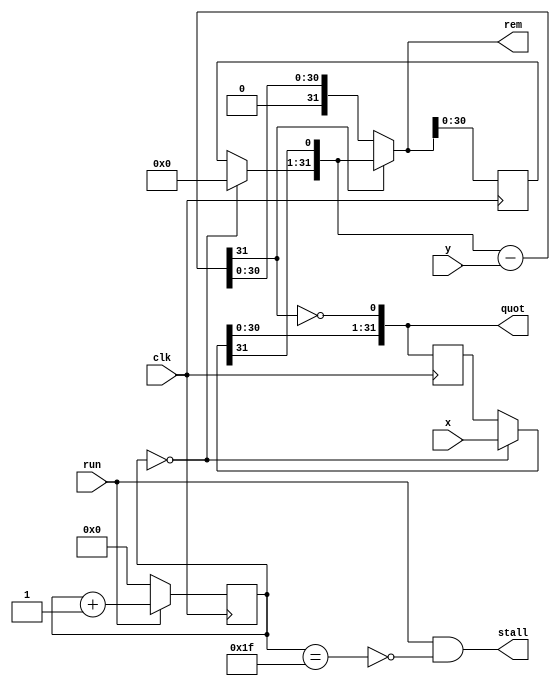
`timescale 1ns / 1ps  // NW 31.10.10

module Divider(
  input clk, run,
  output stall,
  input [31:0] x, y,  // x >= 0, y > 0
  output [31:0] quot, rem);

reg [4:0] S;  // state
reg [31:0] R, Q;
wire [31:0] r0, r1, r2, q0, q1, d;

assign stall = run & ~(S == 31);
assign r0 = (S == 0) ? 0 : R;
assign d = r1 - y;
assign r1 = {r0[30:0], q0[31]};
assign r2 = d[31] ? r1 : d;
assign q0 = (S == 0) ? x : Q;
assign q1 = {q0[30:0], ~d[31]};
assign rem = r2;
assign quot = q1;

always @ (posedge(clk)) begin
  R <= r2; Q <= q1;
  S <= run ? S+1 : 0;
end

endmodule